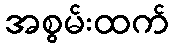
အစွမ်းထက်